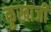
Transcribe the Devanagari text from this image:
कुखाजी